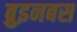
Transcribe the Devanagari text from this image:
ब्रुइनबस